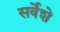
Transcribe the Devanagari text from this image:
सर्वेशे